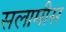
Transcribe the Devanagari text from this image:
सलामीस